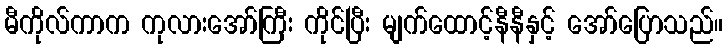
မီကိုလ်ကာက ကုလားအော်ကြီး ကိုင်ပြီး မျက်ထောင့်နီနီနှင့် အော်ပြောသည်။